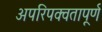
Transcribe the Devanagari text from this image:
अपरिपक्वतापूर्ण